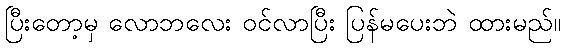
ပြီးတော့မှ လောဘလေး ဝင်လာပြီး ပြန်မပေးဘဲ ထားမည်။